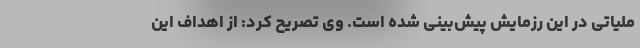
ملیاتی در این رزمایش پیش‌بینی شده است. وی تصریح کرد: از اهداف این